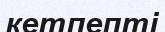
кетпепті